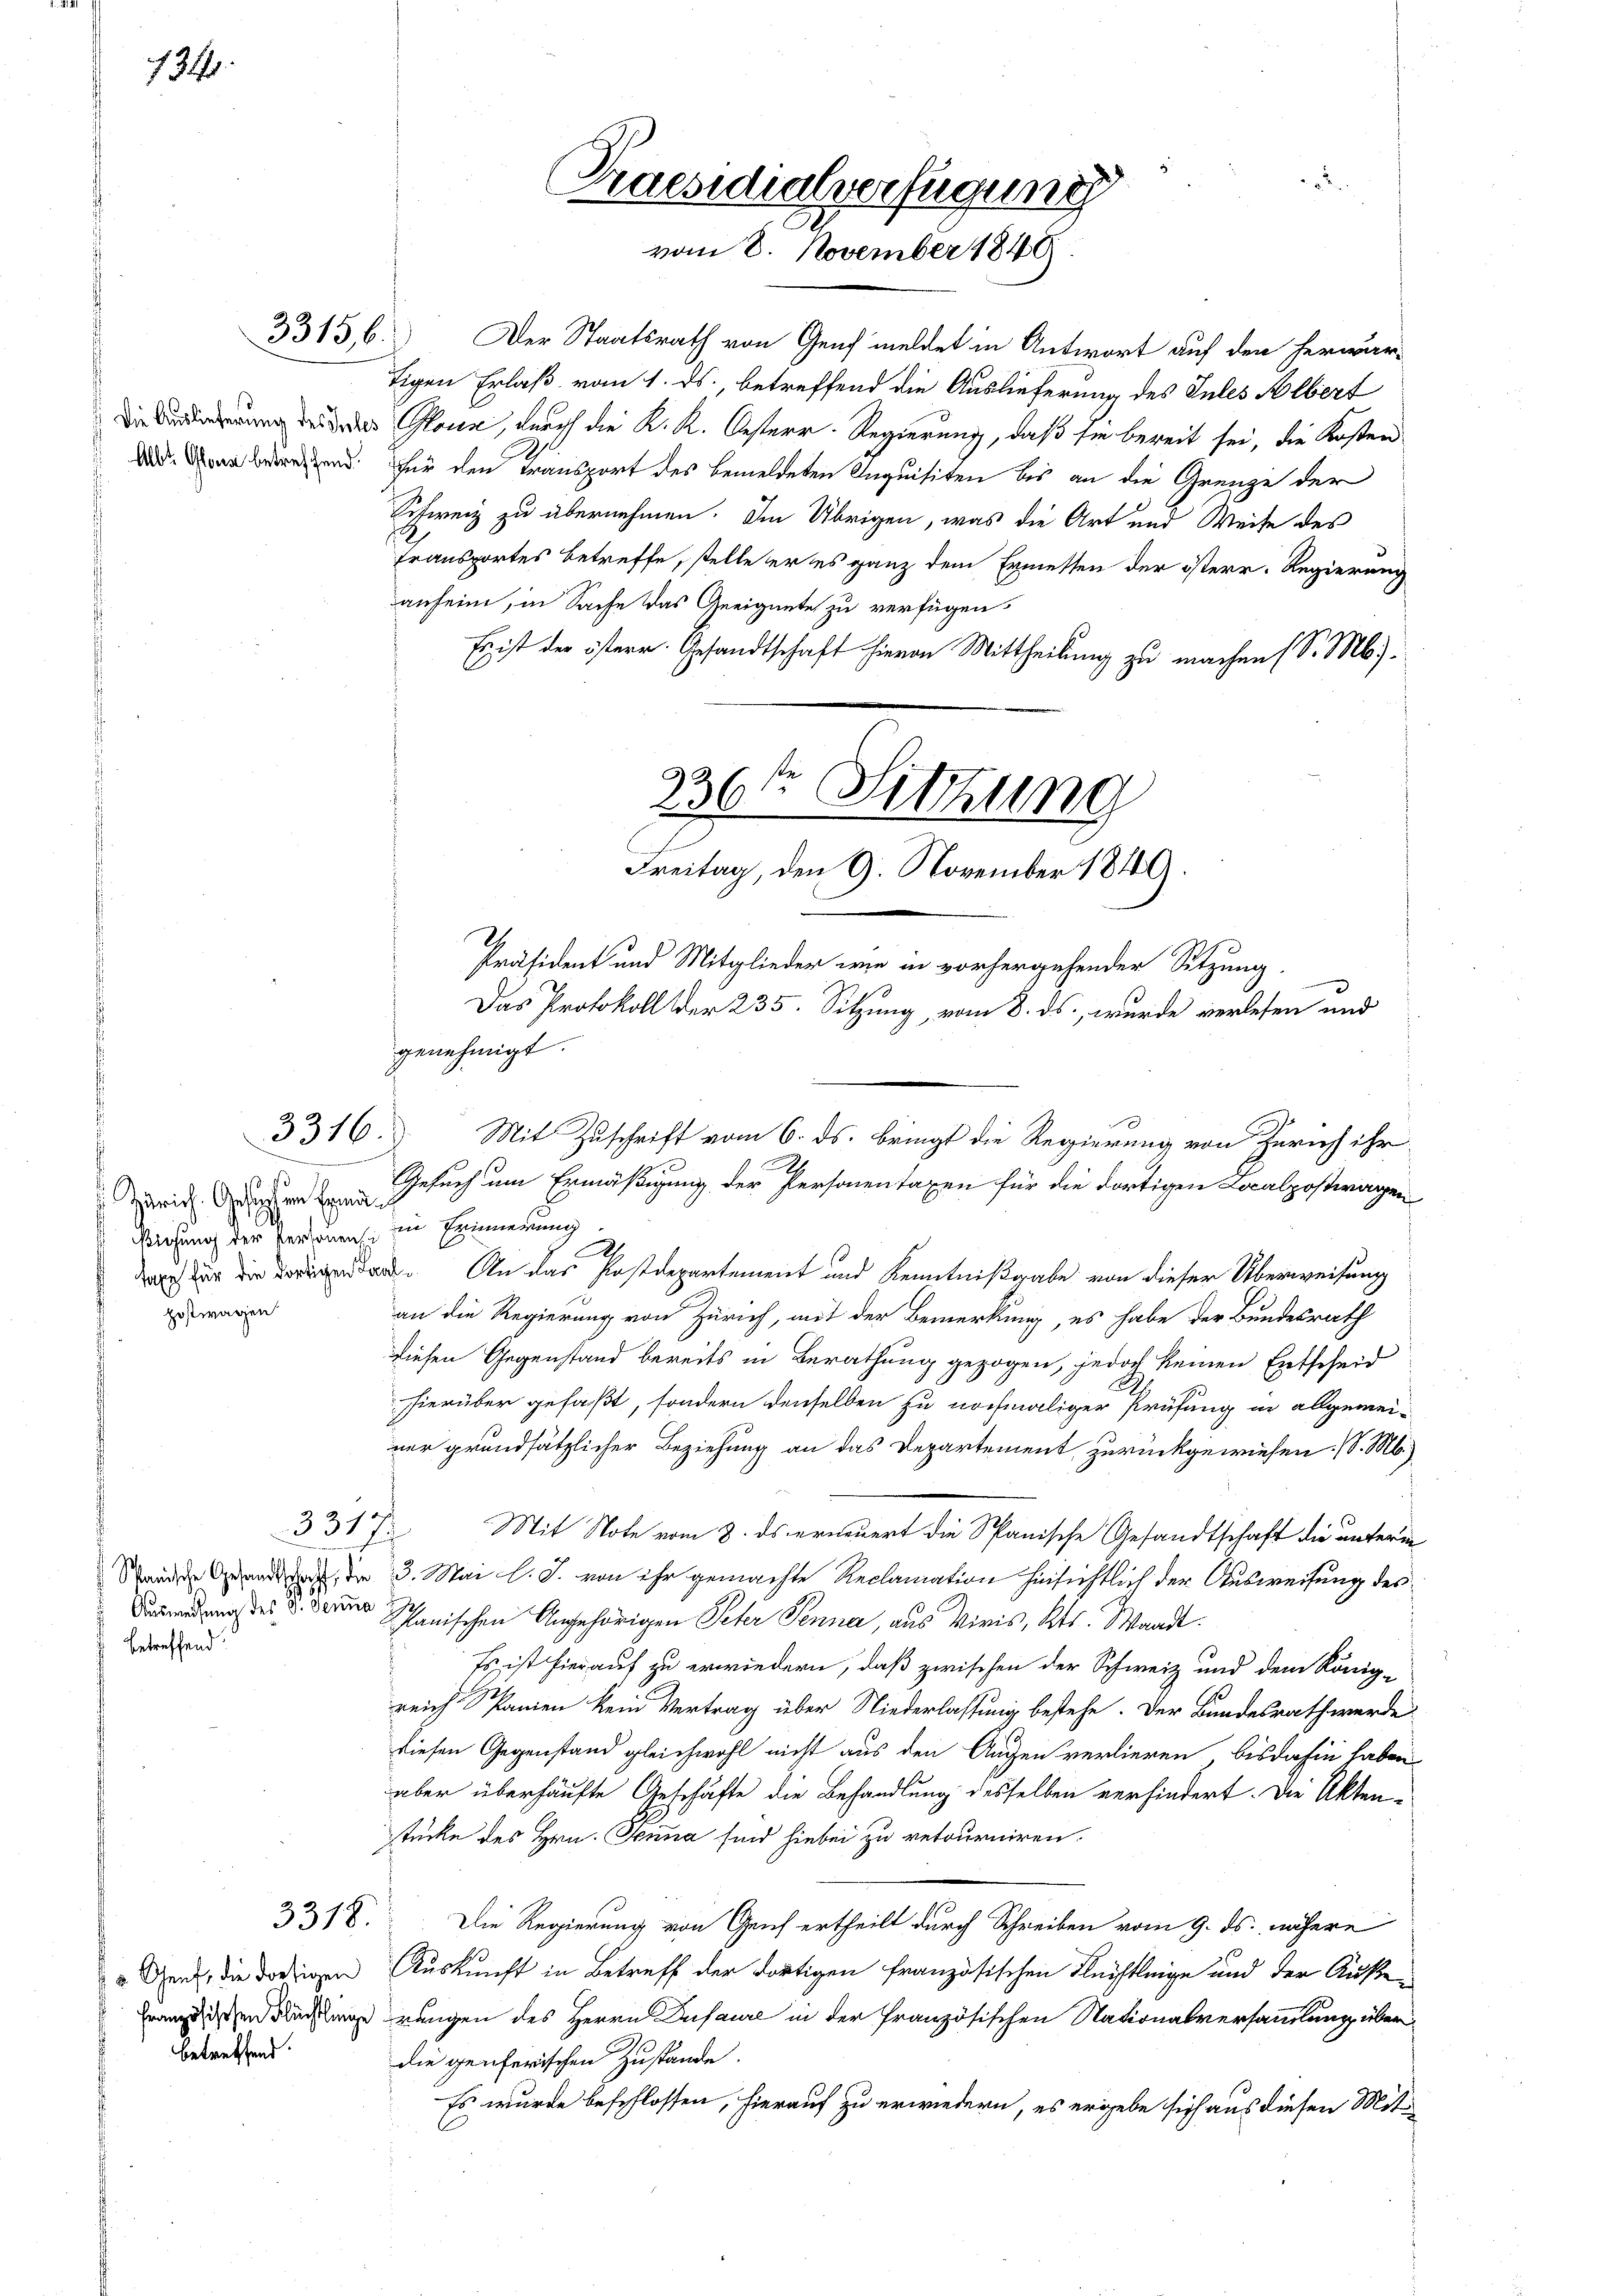
1240.

33136.

Albt Glona betreffend.

3316.

Zürich. Gesuchen Ermä¬
Biehung der Personens die Erinnerung.
postwagen

3317/
Schanische Gesandtschaft, die
betreffend

3318.

Genf, die dortigen
Französischen Flüchtlinge
betreffend

Der Staatsrath von Genf meldet in Antwort auf den herwär-
tigen Erlaß vom 1. ds., betreffend die Auslieferung des Intes Albert
Die Forderung aus der Glone, durch die K. K. Oesterr-Regierung, daß sie bereit sei, die Kosten
für den Transport des bemeldeten Inquisiten bis an die Grenze der
Schweiz zu übernehmen. Im Übrigen, was die Art und Weise des
transportes betreffe, stelle er es ganz dem Ermessen der österr. Regierung
anfein, in Sache das Geeignete zu verfügen:
Es ist der österr. Gesandtschaft hievon Mittheilung zu machen (S. Mb).
Präsident und Mitglieder wie in vorhergehender Sitzung.
Das Protokoll der 235. Sitzung, vom 8. ds., wurde verlesen und
genehmigt.
A
 u. An das Postdepartement und Kenntnißgabe von dieser Überweisung
an die Regierung von Zürich, mit der Bemerkung, es habe der Bundesrath
diesen Gegenstand bereits in Berathung gezogen, jedoch keinen Entscheid
hierüber gefaßt, sondern denselben zu nochmaliger Prüfung in allgemei-
ner grundsätzlicher Beziehung an das Departement, zurückgewiesen. (S. M.
Mit Note vom 8. ds erneuert die Spanische Gesandtschaft die unterm
3. Mai l. J. von ihr gemachte Reclamation hinsichtlich der Ausweisung des
 . der Schanischen Angehörigen Peter Penna, aus Viris, Kts. Waadt.
Es ist hierauf zu erwiedern, daß zwischen der Schweiz und dem König-
reich Panien kein Vertrag über Niederlassung bestehe. Der Bundesrath werde
diesen Gegenstand gleichwohl nicht aus den Augen verlieren bisdahin haben,
aber überhäufte Geschäfte die Behandlung desselben verhindert. Die Akten-
stücke des Hrn. Jenna sind hiebei zu retourniren.
Die Regierung von Gruf ertheilt durch Schreiben vom 9. ds. nähere
Auskunft in Betreff der dortigen französischen Fleistleige und der Äußerungen des Herrn Dufaure in der französischen Nationalversammlung über
die generischen Zustände.
Es wurde beschlossen, hierauf zu erwiedern, es ergebe sich aus diesen Mit¬

Praesidialverfügung
vom 8. November 1849.

336te Sitzung
Freitag, den 9. November 1840

Mit Zuschrift vom 6. ds. bringt die Regierung von Zürich ihr
2
Gesuch um Ermäßigung der Personentaxen für die dortigen Localpostragen